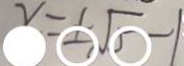
x = \pm \sqrt { 5 } - 1